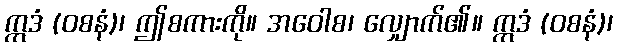
ဣဒံ (ဝစနံ)၊ ဤစကားကို။ အဝေါစ၊ လျှောက်၏။ ဣဒံ (ဝစနံ)၊